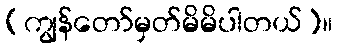
(ကျွန်တော်မှတ်မိမိပါတယ်)။